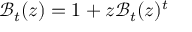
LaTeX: { \mathcal { B } } _ { t } ( z ) = 1 + z { \mathcal { B } } _ { t } ( z ) ^ { t }